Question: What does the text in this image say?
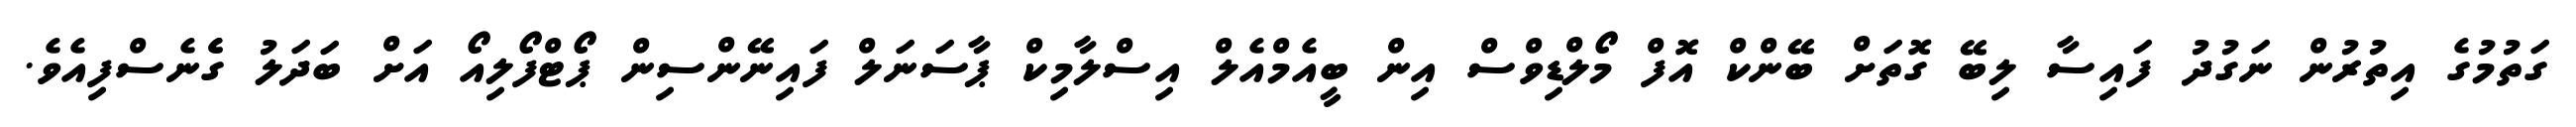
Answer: ގަތުމުގެ އިތުރުން ނަގުދު ފައިސާ ލިބޭ ގޮތަށް ބޭންކް އޮފް މޯލްޑިވްސް އިން ބީއެމްއެލް އިސްލާމިކް ޕާސަނަލް ފައިނޭންސިން ޕޯޓްފޯލިއޯ އަށް ބަދަލު ގެެނެސްފިއެވެ.